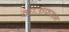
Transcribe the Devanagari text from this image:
काऊफमन